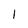
Character: t